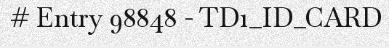
# Entry 98848 - TD1_ID_CARD